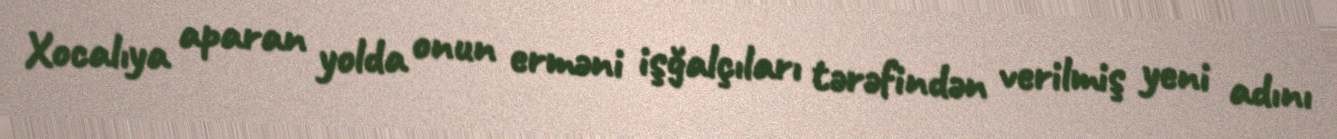
Xocalıya aparan yolda onun erməni işğalçıları tərəfindən verilmiş yeni adını